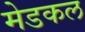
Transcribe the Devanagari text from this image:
मेडकल